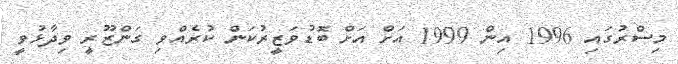
މިސްރުގައި 1996 އިން 1999 އަށް އަށް ބޮޑުވަޒީރުކަން ކުރެއްވި ގަންޒޫރީ ވިދާޅުވީ